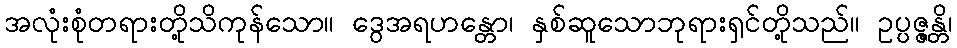
အလုံးစုံတရားတို့သိကုန်သော။ ဒွေအရဟန္တော၊ နှစ်ဆူသောဘုရားရှင်တို့သည်။ ဥပ္ပဇ္ဇန္တိ၊